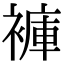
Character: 褲